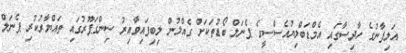
އަލިފާނުގެ ހާދިސާގައި އެމްޑަބްލިޔުއެސްސީގެ ޕެނަލް ބޯޑުތަކަށް ގެއްލުން ލިބިފައިވާއިރު ސިންގަޕޫރުގައި ތައްޔާރުކުރި ޕެނަލް